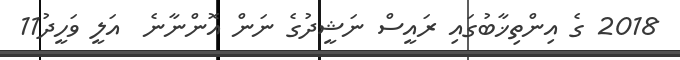
2018 ގެ އިންތިޚާބުގައި ރައީސް ނަޝީދުގެ ނަން އޮންނާނެ  އަލީ ވަހީދު11